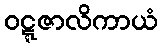
ဝဋ္ဋဇာလိကာယံ